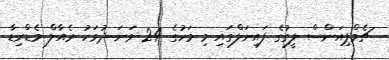
ޗެމްޕިއަންސް ލީގުގެ ފައިނަލްގައި މި މަހުގެ 24 ވަނަ ދުވަހު ރެއާލް މެޑްރިޑާ